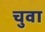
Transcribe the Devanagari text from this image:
चुवा